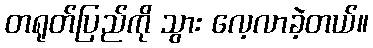
တရုတ်ပြည်ကို သွား လေ့လာခဲ့တယ်။